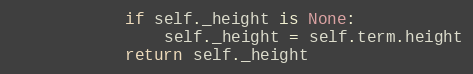
Language: Python
            if self._height is None:
                self._height = self.term.height
            return self._height